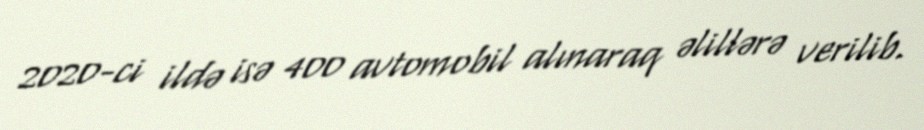
2020-ci ildə isə 400 avtomobil alınaraq əlillərə verilib.